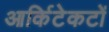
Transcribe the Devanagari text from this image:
आर्किटेकटों